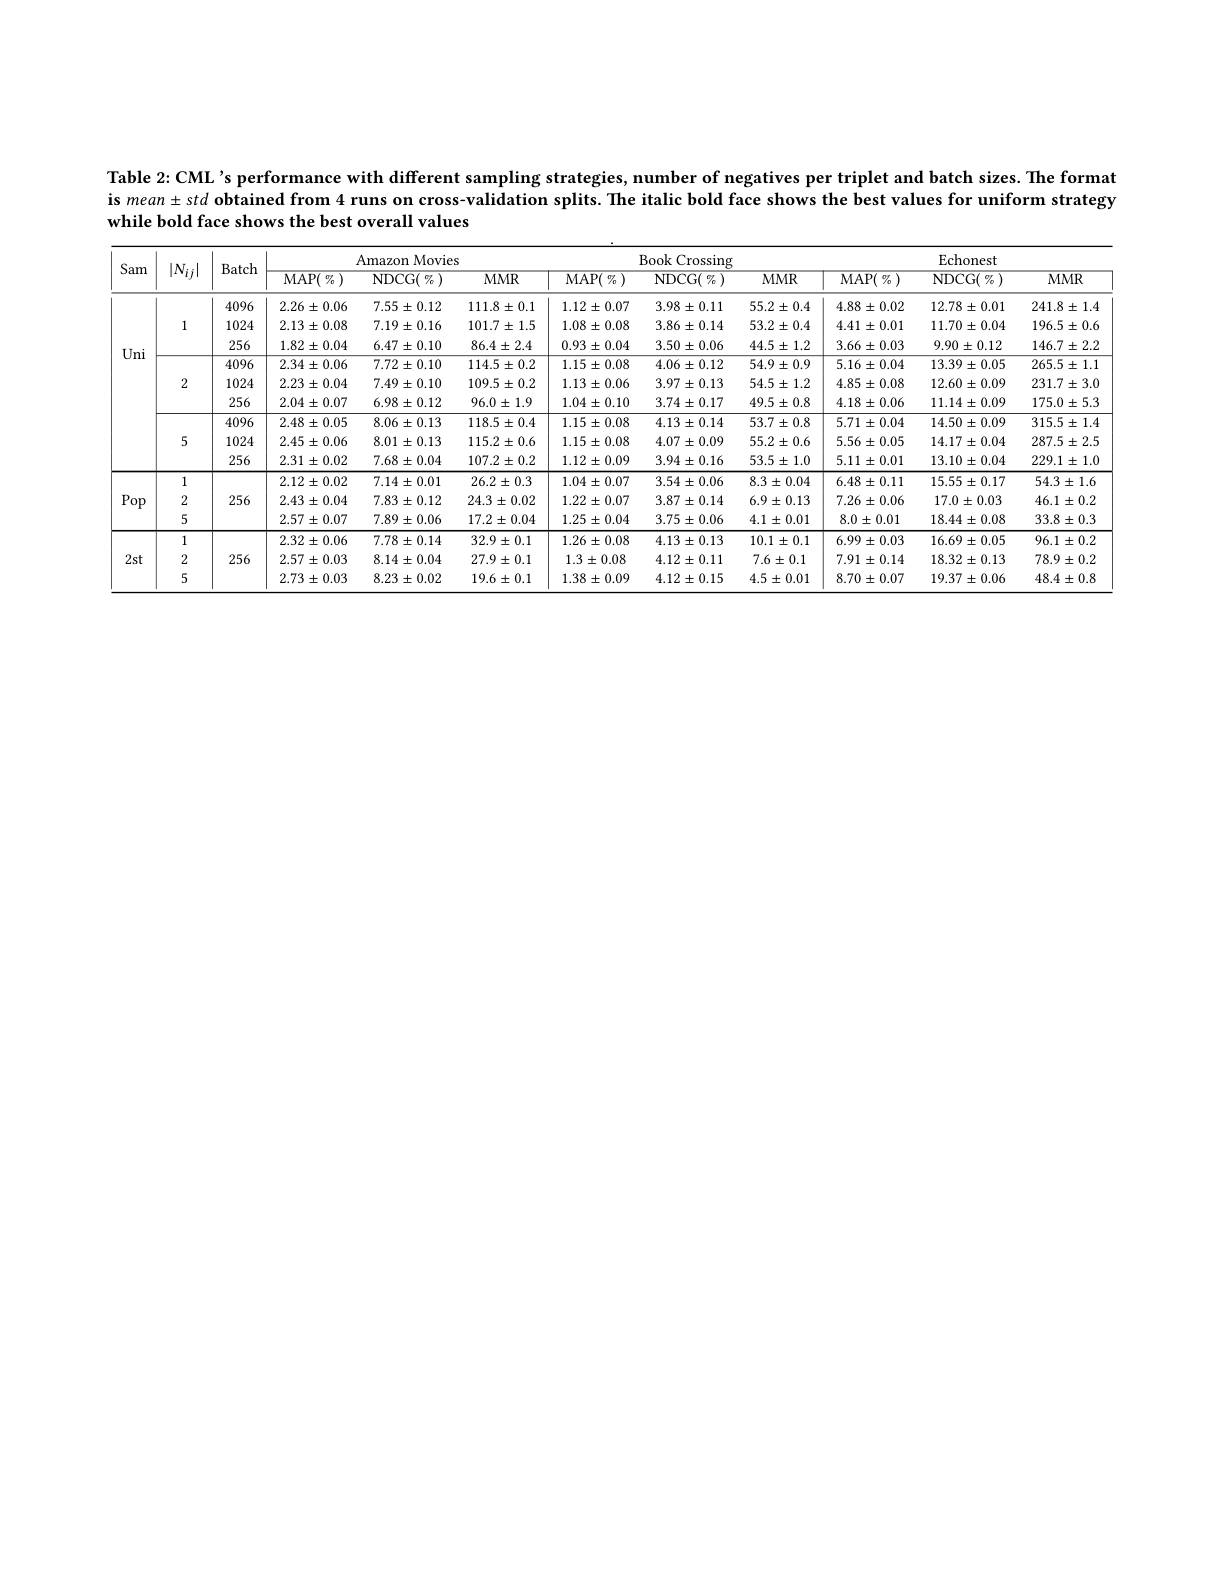
Table 2: CML's performance with different sampling strategies, number of negatives per triplet and batch sizes. The format

is $mean\pm std$ obtained from 4 runs on cross-validation splits. The italic bold face shows the best values for uniform strategy

while bold face shows the best overall values

<table>
	<tbody>
		<tr>
			<th>Sam -</th>
			<th>$|N_{ij}$</th>
			<th>Batch</th>
			<th>${\mathrm{MAP}(\mathrm{~}\%)}$</th>
			<th>${\mathrm{NDCG}(\mathrm{~}\%)}$</th>
			<th>$MMR$</th>
			<th>$\overline{\mathrm{MAP}(\:{\mathcal{T}}_{0}\:)}$</th>
			<th>${\mathrm{NDCG}(\mathrm{~}\%)}$</th>
			<th>$MMR$</th>
			<th>${\mathrm{MAP}(\mathrm{~}\%)}$</th>
			<th>${\mathrm{NDCG}(\mathrm{~}\%)}$</th>
			<th>$MMR$</th>
		</tr>
		<tr>
			<td rowspan="8">Uni</td>
			<td rowspan="3">1</td>
			<td>4096</td>
			<td>$2.26\pm0.06$</td>
			<td>$7.55\pm0.12$</td>
			<td>$111.8\pm0.1$</td>
			<td>$1.12\pm0.07$</td>
			<td>$3.98\pm0.11$</td>
			<td>$55.2\pm0.4$</td>
			<td>$4.88\pm0.02$</td>
			<td>$12.78\pm0.01$</td>
			<td>$241.8\pm1.$</td>
		</tr>
		<tr>
			<td>1024</td>
			<td>$2.13\pm0.08$</td>
			<td>$7.19\pm0.16$</td>
			<td>$101.7\pm1.5$</td>
			<td>$1.08\pm0.08$</td>
			<td>$3.86\pm0.14$</td>
			<td>$53.2\pm0.4$</td>
			<td>$4.41\pm0.01$</td>
			<td>$11.70\pm0.04$</td>
			<td>$196.5\pm0.6$</td>
		</tr>
		<tr>
			<td>256</td>
			<td>$1.82\pm0.04$</td>
			<td>$6.47\pm0.10$</td>
			<td>$86.4\pm2.4$</td>
			<td>$0.93\pm0.04$</td>
			<td>$3.50\pm0.06$</td>
			<td>$44.5\pm1.2$</td>
			<td>$3.66\pm0.03$</td>
			<td>$9.90\pm0.12$</td>
			<td>$146.7\pm2.2$</td>
		</tr>
		<tr>
			<td rowspan="3">2</td>
			<td>4096</td>
			<td>$2.34\pm0.06$</td>
			<td>$7.72\pm0.10$</td>
			<td>$114.5\pm0.2$</td>
			<td>$1.15\pm0.08$</td>
			<td>$4.06\pm0.12$</td>
			<td>$54.9\pm0.9$</td>
			<td>$5.16\pm0.04$</td>
			<td>$13.39\pm0.05$</td>
			<td>$265.5\pm1.\mathbf{1}$</td>
		</tr>
		<tr>
			<td>1024</td>
			<td>$2.23\pm0.04$</td>
			<td>$7.49\pm0.10$</td>
			<td>$109.5\pm0.2$</td>
			<td>$1.13\pm0.06$</td>
			<td>$3.97\pm0.13$</td>
			<td>$54.5\pm1.2$</td>
			<td>$4.85\pm0.08$</td>
			<td>$12.60\pm0.09$</td>
			<td>$231.7\pm3.0$</td>
		</tr>
		<tr>
			<td>256</td>
			<td>$2.04\pm0.07$</td>
			<td>$6.98\pm0.12$</td>
			<td>$96.0\pm1.9$</td>
			<td>$1.04\pm0.10$</td>
			<td>$3.74\pm0.17$</td>
			<td>$49.5\pm0.8$</td>
			<td>$4.18\pm0.06$</td>
			<td>$11.14\pm0.09$</td>
			<td>$175.0\pm5.3$</td>
		</tr>
		<tr>
			<td rowspan="3">5</td>
			<td>4096</td>
			<td>$2.48\pm0.05$</td>
			<td>$8.06\pm0.13$</td>
			<td>$118.5\pm0.4$</td>
			<td>$1.15\pm0.08$</td>
			<td>$4.13\pm0.14$</td>
			<td>$53.7\pm0.8$</td>
			<td>$5.71\pm0.04$</td>
			<td>$14.50\pm0.09$</td>
			<td>$315.5\pm1.$</td>
		</tr>
		<tr>
			<td>1024</td>
			<td>$2.45\pm0.06$</td>
			<td>8.01 $\pm0.13$ 1</td>
			<td>$115.2\pm0.6$</td>
			<td>$1.15\pm0.08$</td>
			<td>$4.07\pm0.09$</td>
			<td>$55.2\pm0.6$</td>
			<td>$5.56\pm0.05$</td>
			<td>$14.17\pm0.04$</td>
			<td>$287.5\pm2.5$</td>
		</tr>
		<tr>
			<td> </td>
			<td>256</td>
			<td>$2.31\pm0.02$</td>
			<td>$7.68\pm0.04$</td>
			<td>$107.2\pm0.2$</td>
			<td>$1.12\pm0.09$</td>
			<td>$3.94\pm0.16$</td>
			<td>$53.5\pm1.0$</td>
			<td>$5.11\pm0.01$</td>
			<td>$13.10\pm0.04$</td>
			<td>$229.1\pm1.0$</td>
		</tr>
		<tr>
			<td rowspan="3">Pop</td>
			<td rowspan="3">1 2 5</td>
			<td> </td>
			<td>$2.12\pm0.02$</td>
			<td>$7.14\pm0.01$</td>
			<td>$26.2\pm0.3$</td>
			<td>$1.04\pm0.07$</td>
			<td>$3.54\pm0.06$</td>
			<td>$8.3\pm0.04$</td>
			<td>$6.48\pm0.11$</td>
			<td>$15.55\pm0.17$</td>
			<td>$54.3\pm1.6$</td>
		</tr>
		<tr>
			<td>256</td>
			<td>$2.43\pm0.04$</td>
			<td>$7.83\pm0.12$</td>
			<td>$24.3\pm0.02$</td>
			<td>$1.22\pm0.07$</td>
			<td>$3.87\pm0.14$</td>
			<td>$6.9\pm0.13$</td>
			<td>$7.26\pm0.06$</td>
			<td>$17.0\pm0.03$</td>
			<td>$46.1\pm0.2$</td>
		</tr>
		<tr>
			<td> </td>
			<td>$2.57\pm0.07$</td>
			<td>$7.89\pm0.06$</td>
			<td>$17.2\pm0.04$</td>
			<td>$1.25\pm0.04$</td>
			<td>$3.75\pm0.06$</td>
			<td>$4.1\pm0.01$</td>
			<td>$8.0\pm0.01$</td>
			<td>$18.44\pm0.08$</td>
			<td>$33.8\pm0.3$</td>
		</tr>
		<tr>
			<td rowspan="3">$2st$</td>
			<td rowspan="3">1 2 5</td>
			<td> </td>
			<td>$2.32\pm0.06$</td>
			<td>$7.78\pm0.14$</td>
			<td>$32.9\pm0.1$</td>
			<td>$1.26\pm0.08$</td>
			<td>$4.13\pm0.13$</td>
			<td>$10.1\pm0.1$</td>
			<td>$6.99\pm0.03$</td>
			<td>$16.69\pm0.05$</td>
			<td>$96.1\pm0.2$</td>
		</tr>
		<tr>
			<td>256</td>
			<td>$2.57\pm0.03$</td>
			<td>$8.14\pm0.04$</td>
			<td>$27.9\pm0.1$</td>
			<td>$1.3\pm0.08$</td>
			<td>$4.12\pm0.11$</td>
			<td>$7.6\pm0.1$</td>
			<td>$7.91\pm0.14$</td>
			<td>$18.32\pm0.13$</td>
			<td>$78.9\pm0.2$</td>
		</tr>
		<tr>
			<td> </td>
			<td>$2.73\pm0.03$</td>
			<td>$8.23\pm0.02$</td>
			<td>$19.6\pm0.1$</td>
			<td>$1.38\pm0.09$</td>
			<td>$4.12\pm0.15$</td>
			<td>$4.5\pm0.01$</td>
			<td>$8.70\pm0.07$</td>
			<td>$19.37\pm0.06$</td>
			<td>$48.4\pm0.8$</td>
		</tr>
	</tbody>
</table>